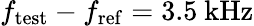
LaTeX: f_{\mathrm{test}}-f_{\mathrm{ref}}=3.5~\mathrm{kHz}